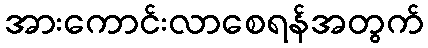
အားကောင်းလာစေရန်အတွက်